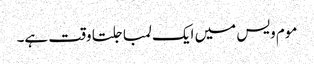
موم ویس میں ایک لمبا جلتا وقت ہے۔